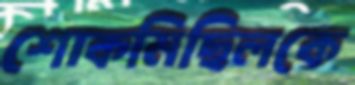
শোকমিছিলকে